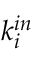
k _ { i } ^ { i n }